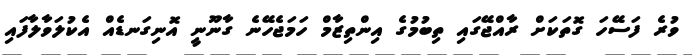
ވުރެ ފަސޭހަ ގޮތަކަށް ރާއްޖޭގައި ތިބުމުގެ އިންތިޒާމް ހަމަޖެހޭނެ ގާނޫނީ އޮނިގަނޑެއް އެކުލަވާލާފައި